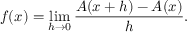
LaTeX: f ( x ) = \operatorname* { l i m } _ { h \to 0 } { \frac { A ( x + h ) - A ( x ) } { h } } .